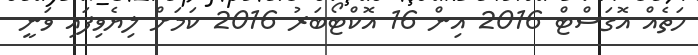
ހަތެއް އޮގަސްޓް 2016 އިން 16 އޮކްޓޯބަރު 2016 ކަމަށް ލިޔެވިފައި ވަނީ